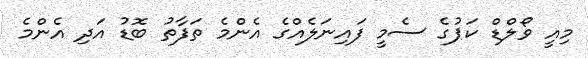
މިއީ ވޯލްޑް ކަޕުގެ ސެމީ ފައިނަލެއްގެ އެންމެ ތަފާތު ބޮޑު އަދި އެންމެ